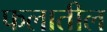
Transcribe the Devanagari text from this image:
फलातील